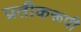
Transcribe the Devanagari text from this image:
प्रतीकरूपी